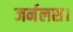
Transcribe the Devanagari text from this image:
जर्नलस।